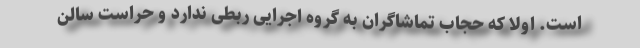
است. اولا که حجاب تماشاگران به گروه اجرایی ربطی ندارد و حراست سالن